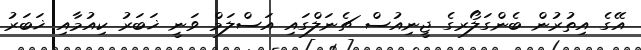
އޭގެ އިތުރުން ބެންގަލޯރގެ ޖީނިއުސް ޗެނަލްގައި އަސްލަމް ވަނީ ޚަބަރު ކިއުމާއި ޚަބަރު